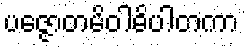
ပဇ္ဇောတမိဝါဓိပါတကာ